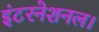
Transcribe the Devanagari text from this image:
इंटरनेशनल।